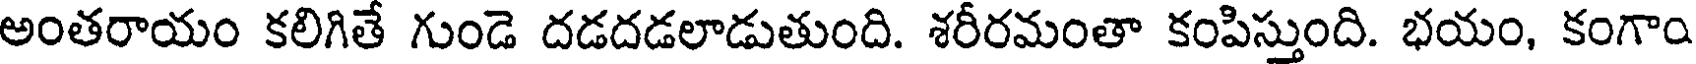
అంతరాయం కలిగితే గుండె దడదడలాడుతుంది. శరీరమంతా కంపిస్తుంది. భయం, కంగాం